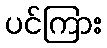
ပင်ကြား